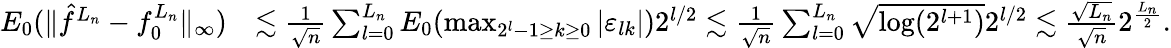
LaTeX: \begin{array}{rl}{E_{0}(\| \hat{f}^{L_{n}}-f_{0}^{L_{n}}\| _{\infty})}&{\lesssim\frac{1}{\sqrt{n}}\sum_{l=0}^{L_{n}}E_{0}(\operatorname*{max}_{2^{l}-1\geq k\geq 0}\left|\varepsilon_{lk}\right|)2^{l/2}\lesssim\frac{1}{\sqrt{n}}\sum_{l=0}^{L_{n}}\sqrt{\log(2^{l+1})}2^{l/2}\lesssim\frac{\sqrt{L_{n}}}{\sqrt{n}}2^{\frac{L_{n}}{2}}.}\end{array}